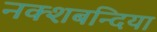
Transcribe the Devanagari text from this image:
नक्शबन्दिया